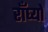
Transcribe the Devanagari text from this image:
राँघ्यो